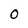
Character: 0